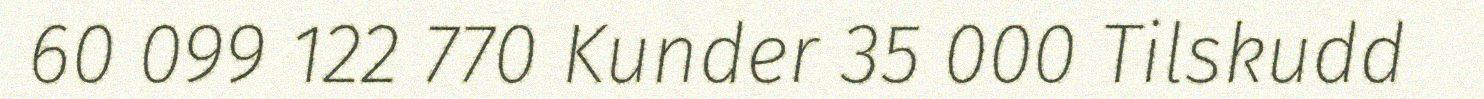
60 099 122 770 Kunder 35 000 Tilskudd